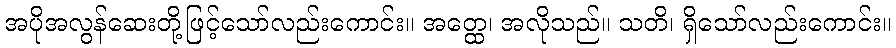
အပိုအလွန်ဆေးတို့ဖြင့်သော်လည်းကောင်း။ အတ္ထေ၊ အလိုသည်။ သတိ၊ ရှိသော်လည်းကောင်း။